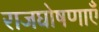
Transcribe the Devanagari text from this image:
राजघोषणाएँ